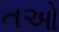
તઓ